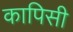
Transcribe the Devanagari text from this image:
कापिसी